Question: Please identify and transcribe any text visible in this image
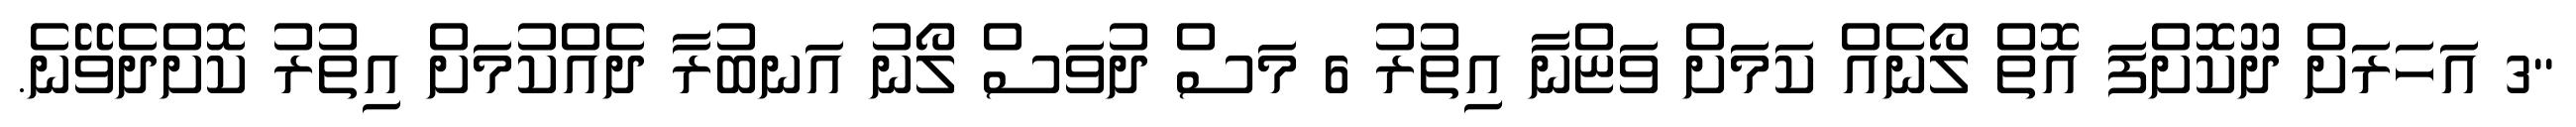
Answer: "3 އަހަރަށް ދޫކޮށްފަ އޮތް ލޯނެއް ކަމަށް ވަޏްނާ އިތުރު 6 މަސް ދުވަސް ލޯނު އަނބުރާ ދެއްކުމަށް އިތުރު ކޮށްދެވޭނެ.